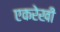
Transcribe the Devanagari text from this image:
एकरेखी